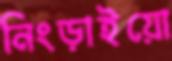
নিংড়াইয়ো